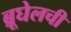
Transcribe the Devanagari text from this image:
ब्रूघेलची